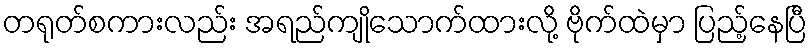
တရုတ်စကားလည်း အရည်ကျိုသောက်ထားလို့ ဗိုက်ထဲမှာ ပြည့်နေပြီ